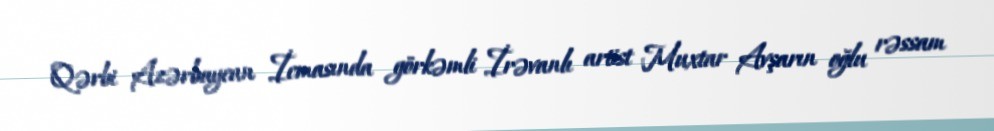
Qərbi Azərbaycan İcmasında görkəmli İrəvanlı artist Muxtar Avşarın oğlu rəssam